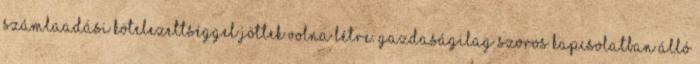
számlaadási kötelezettséggel jöttek volna létre. Gazdaságilag szoros kapcsolatban álló